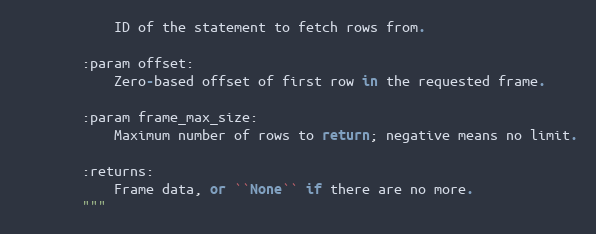
Language: Python
            ID of the statement to fetch rows from.

        :param offset:
            Zero-based offset of first row in the requested frame.

        :param frame_max_size:
            Maximum number of rows to return; negative means no limit.

        :returns:
            Frame data, or ``None`` if there are no more.
        """